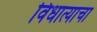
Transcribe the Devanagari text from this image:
विधात्याचा